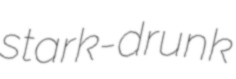
stark-drunk